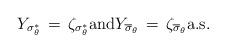
LaTeX: \begin{align*} Y_{\sigma^*_{\theta}}\, = \, \zeta_{\sigma^*_{\theta}} {\rm and} Y_{\overline\sigma_{\theta}}\, = \, \zeta_{\overline\sigma_{\theta}} \mbox{a.s.} \end{align*}